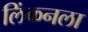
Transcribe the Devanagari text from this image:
लिंकनला